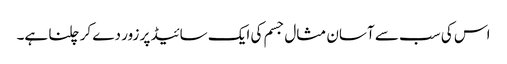
اس کی سب سے آسان مثال جسم کی ایک سائیڈ پر زور دے کر چلنا ہے۔